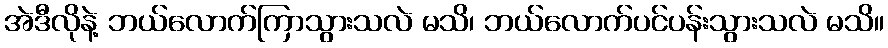
အဲဒီလိုနဲ့ ဘယ်လောက်ကြာသွားသလဲ မသိ၊ ဘယ်လောက်ပင်ပန်းသွားသလဲ မသိ။